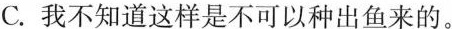
C.我不知道这样是不可以种出鱼来的。